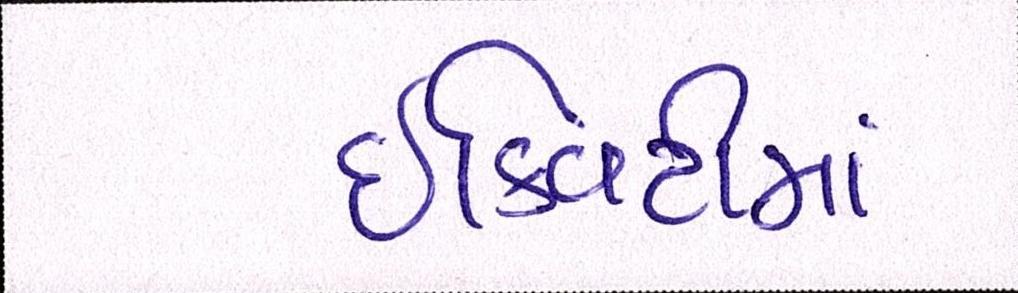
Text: ઇક્વિટીમાં